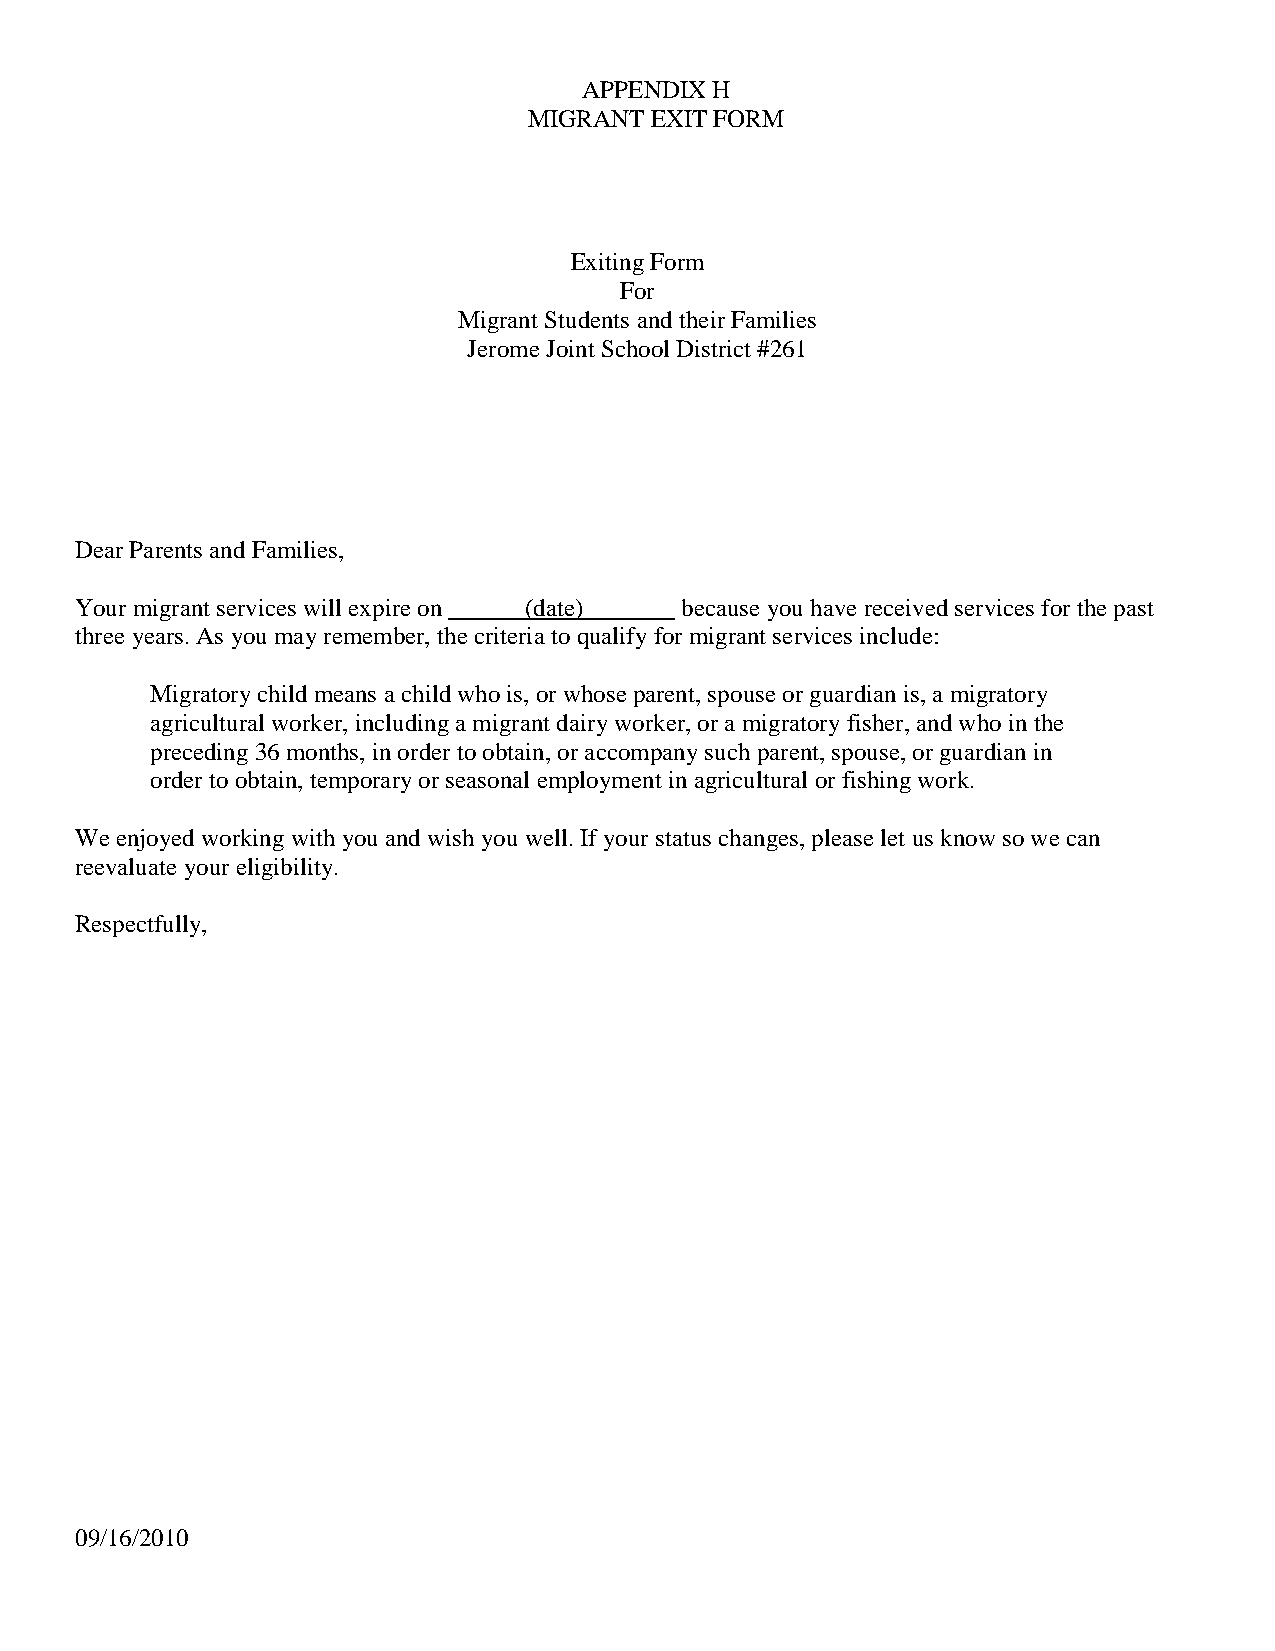
APPENDIX H
 MIGRANT EXIT FORM
 Exiting Form
 For
 Migrant Students and their Families
 Jerome Joint School District #261
 Dear Parents and Families,
 Your migrant services will expire on (date) because you have received services for the past
 three years. As you may remember, the criteria to qualify for migrant services include:
 Migratory child means a child who is, or whose parent, spouse or guardian is, a migratory
 agricultural worker, including a migrant dairy worker, or a migratory fisher, and who in the
 preceding 36 months, in order to obtain, or accompany such parent, spouse, or guardian in
 order to obtain, temporary or seasonal employment in agricultural or fishing work.
 We enjoyed working with you and wish you well. If your status changes, please let us know so we can
 reevaluate your eligibility.
 Respectfully,
 09/16/2010